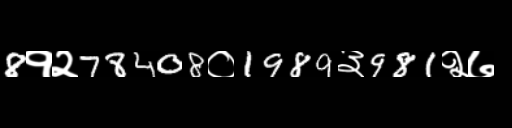
Text: 8१२78408०1989३981२७